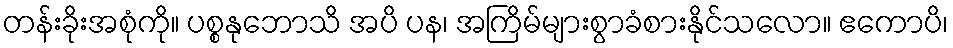
တန်းခိုးအစုံကို။ ပစ္စနုဘောသိ အပိ ပန၊ အကြိမ်များစွာခံစားနိုင်သလော။ ဧကောပိ၊